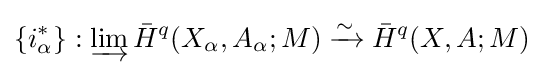
\{i_{\alpha }^{*}\}:\varinjlim {\bar {H}}^{q}(X_{\alpha },A_{\alpha };M)\xrightarrow {\sim } {\bar {H}}^{q}(X,A;M)